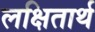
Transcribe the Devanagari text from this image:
लक्षितार्थ